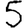
Digit: 5